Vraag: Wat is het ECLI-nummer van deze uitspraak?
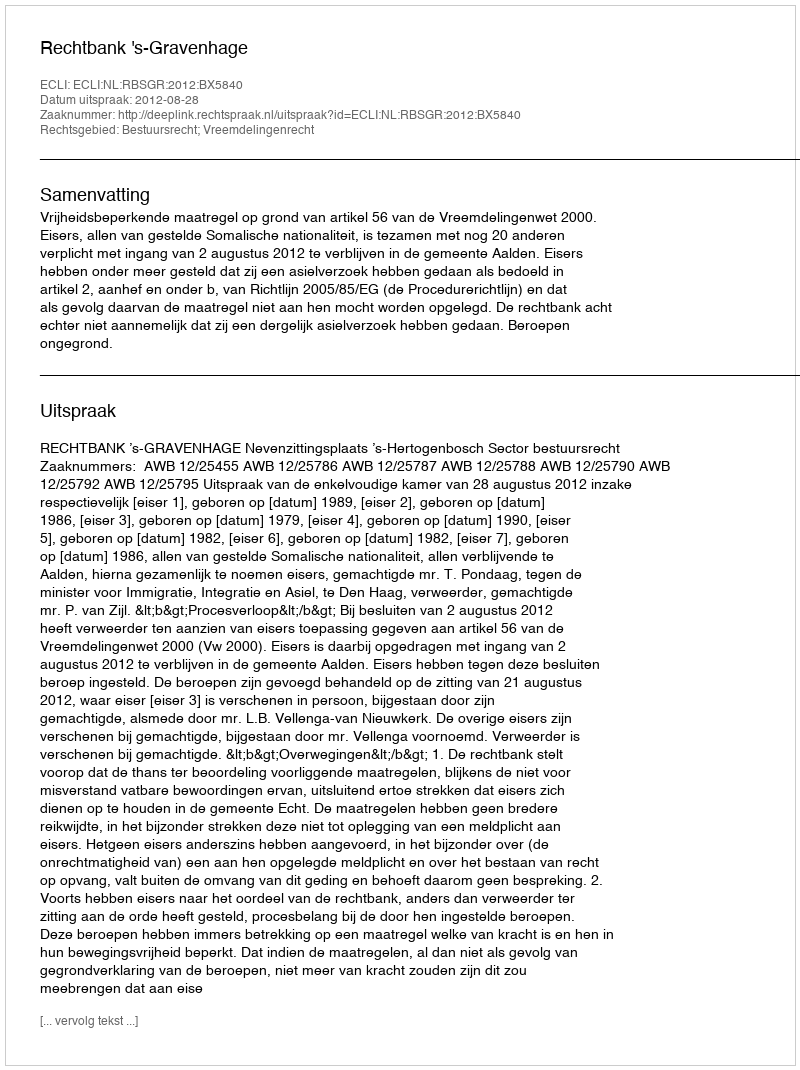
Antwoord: ECLI:NL:RBSGR:2012:BX5840